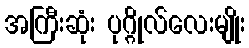
အကြီးဆုံး ပုဂ္ဂိုလ်လေးမျိုး